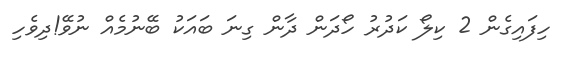
ހިފައިގެން 2 ކިލޯ ކަދުރު ހޯދަން ދާން ގިނަ ބައަކު ބޭނުމެއް ނުވޭ!ދިވެހި